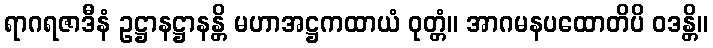
ရာဂရဇာဒီနံ ဥဋ္ဌာနဋ္ဌာနန္တိ မဟာအဋ္ဌကထာယံ ဝုတ္တံ။ အာဂမနပထောတိပိ ဝဒန္တိ။